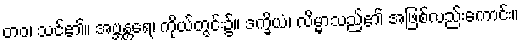
တဝ၊ သင်၏။ အဗ္ဘန္တရေ၊ ကိုယ်တွင်း၌။ ဒက္ခိယံ၊ လိမ္မာသည်၏ အဖြစ်လည်းကောင်း။